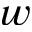
w